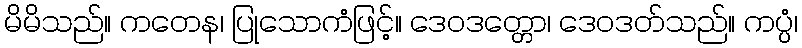
မိမိသည်။ ကတေန၊ ပြုသောကံဖြင့်။ ဒေဝဒတ္တော၊ ဒေဝဒတ်သည်။ ကပ္ပံ၊